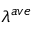
\lambda ^ { a v e }